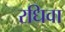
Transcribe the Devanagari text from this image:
रधिवा